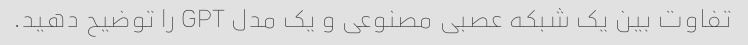
تفاوت بین یک شبکه عصبی مصنوعی و یک مدل GPT را توضیح دهید.